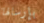
بإرسالها